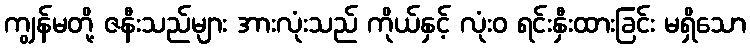
ကျွန်မတို့ ဇနီးသည်များ အားလုံးသည် ကိုယ်နှင့် လုံးဝ ရင်းနှီးထားခြင်း မရှိသော